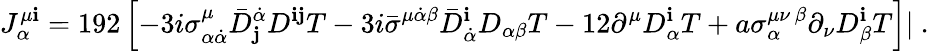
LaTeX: J_{\alpha}^{\mu{\mathbf i}}=192\left[-3i\sigma_{\alpha\dot{\alpha}}^{\mu}{\bar{D}}_{\mathbf j}^{\dot{\alpha}}D^{{\mathbf i}{\mathbf j}}T-3i{\bar{\sigma}}^{\mu\dot{\alpha}\beta}{\bar{D}}_{\dot{\alpha}}^{\mathbf i}D_{\alpha\beta}T-12\partial^{\mu}D_{\alpha}^{\mathbf i}T+a\sigma_{\alpha}^{\mu\nu\, \beta}\partial_{\nu}D_{\beta}^{\mathbf i}T\right]|\ .